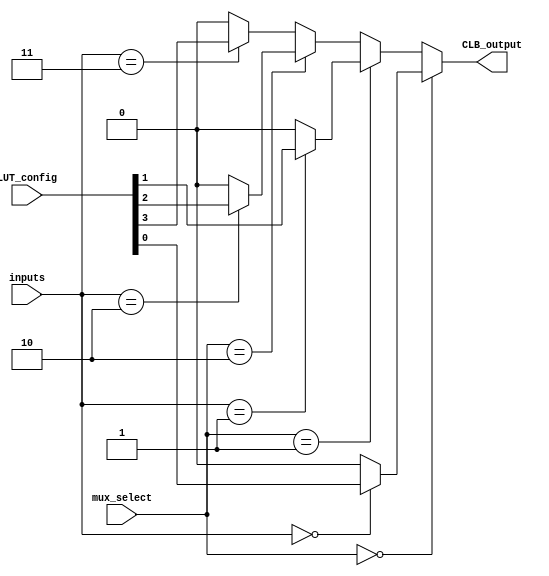
module CLB (
    input wire [3:0]  inputs,          // 4 input signals
    input wire [1:0]  mux_select,      // Multiplexer select lines
    input wire [15:0] LUT_config,      // Configuration for LUT (16 bits for 16 combinations)
    output wire       CLB_output       // Output of the CLB
);

// Internal wires
wire [3:0] lut_output;               // Output of the LUT(s)
wire selected_output;                 // Output of the multiplexer

// 4-input LUT implementation
generate
    genvar i;
    for (i = 0; i < 16; i = i + 1) begin: lut
        assign lut_output[i] = (inputs == i) ? LUT_config[i] : 1'b0;
    end
endgenerate

// Multiplexer to select output based on mux_select
assign selected_output = (mux_select == 2'b00) ? lut_output[0] :
                         (mux_select == 2'b01) ? lut_output[1] :
                         (mux_select == 2'b10) ? lut_output[2] :
                                                 lut_output[3];

// Output driver (simple buffer output)
assign CLB_output = selected_output;

endmodule